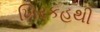
ખિરકહથી